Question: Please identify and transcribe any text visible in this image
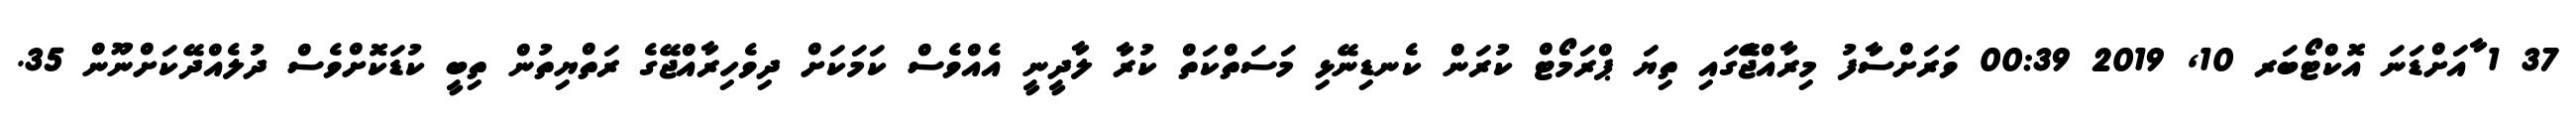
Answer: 37 1 ާއަށްޑަނަ އޮކްޓޯބަރ 10, 2019 00:39 ވަރަށްސާފު މިރާއްޖެެޭގައި ތިޔަ ޕްރަމޯޓް ކުރަން ކެނޑިނޭޅި މަސަތްކަތް ކުރާ ލާދީނީ އެއްވެސް ކަމަކަށް ދިވެހިރާއްޖޭގެ ރަތްޔިތުން ތިބީ ކުޑަކޮށްވެސް ދުލެއްދޭކަށްނޫން 35.